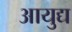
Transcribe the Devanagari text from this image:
आयुद्य